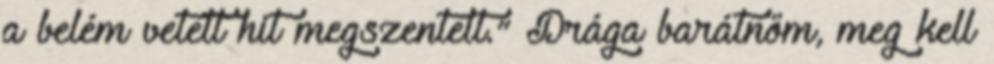
a belém vetett hit megszentelt.” Drága barátnőm, meg kell